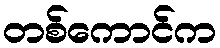
တစ်ကောင်က